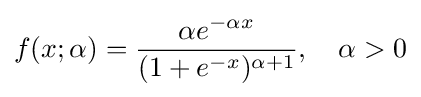
f(x;\alpha )={\frac {\alpha e^{-\alpha x}}{(1+e^{-x})^{\alpha +1}}},\quad \alpha >0